Indian journal of veterinary science and animal husbandry - Volume 9,
Year: 1939
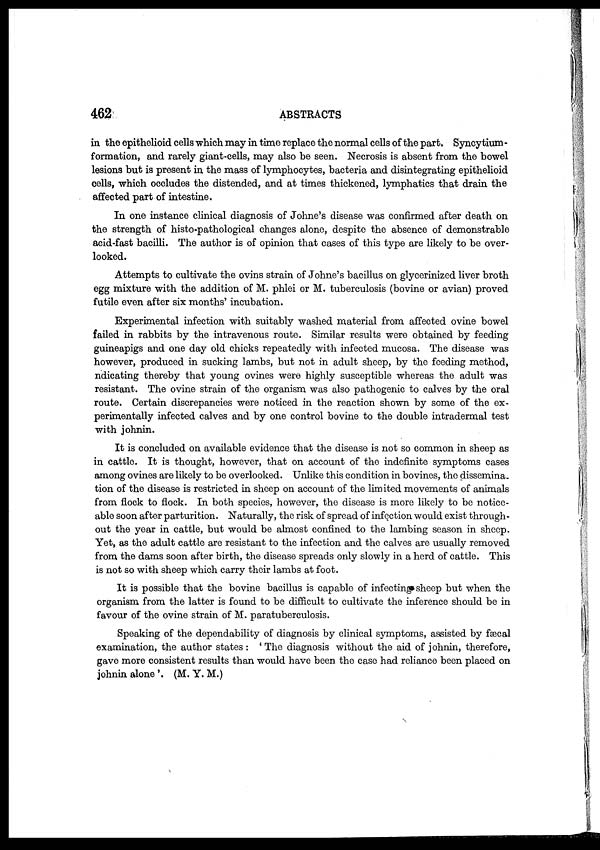
462
ABSTRACTS
in the epithelioid cells which may in time replace the normal cells of the part. Syncytium -
formation, and rarely giant-cells, may also be seen. Necrosis is absent from the bowel
lesions but is present in the mass of lymphocytes, bacteria and disintegrating epithelioid
cells, which occludes the distended, and at times thickened, lymphatics that drain the
affected part of intestine.
In one instance clinical diagnosis of Johne's disease was confirmed after death on
the strength of histo-pathological changes alone, despite the absence of demonstrable
acid-fast bacilli. The author is of opinion that cases of this type are likely to be over-
looked.
Attempts to cultivate the ovins strain of Johne's bacillus on glycerinized liver broth
egg mixture with the addition of M. phlei or M. tuberculosis (bovine or avian) proved
futile even after six months' incubation.
Experimental infection with suitably washed material from affected ovine bowel
failed in rabbits by the intravenous route. Similar results were obtained by feeding
guineapigs and one day old chicks repeatedly with infected mucosa. The disease was
however, produced in sucking lambs, but not in adult sheep, by the feeding method,
ndicating thereby that young ovines were highly susceptible whereas the adult was
resistant. The ovine strain of the organism was also pathogenic to calves by the oral
route. Certain discrepancies were noticed in the reaction shown by some of the ex-
perimentally infected calves and by one control bovine to the double intradermal test
with johnin.
It is concluded on available evidence that the disease is not so common in sheep as
in cattle. It is thought, however, that on account of the indefinite symptoms cases
among ovines are likely to be overlooked. Unlike this condition in bovines, the dissemina-
tion of the disease is restricted in sheep on account of the limited movements of animals
from flock to flock. In both species, however, the disease is more likely to be notice-
able soon after parturition. Naturally, the risk of spread of infection would exist through-
out the year in cattle, but would be almost confined to the lambing season in sheep.
Yet, as the adult cattle are resistant to the infection and the calves are usually removed
from the dams soon after birth, the disease spreads only slowly in a herd of cattle. This
is not so with sheep which carry their lambs at foot.
It is possible that the bovine bacillus is capable of infecting sheep but when the
organism from the latter is found to be difficult to cultivate the inference should be in
favour of the ovine strain of M. paratuberculosis.
Speaking of the dependability of diagnosis by clinical symptoms, assisted by fæcal
examination, the author states : ' The diagnosis without the aid of johnin, therefore,
gave more consistent results than would have been the case had reliance been placed on
johnin alone '. (M. Y. M.)